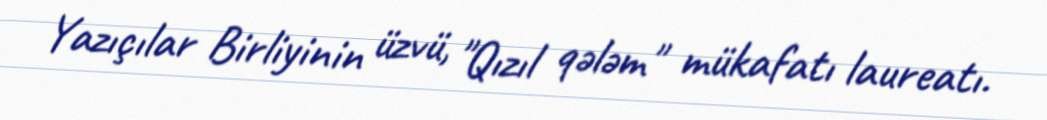
Yazıçılar Birliyinin üzvü, "Qızıl qələm" mükafatı laureatı.